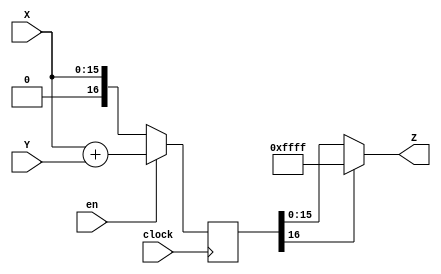
/****************************************
______________                ______________
______________ \  /\  /|\  /| ______________
______________  \/  \/ | \/ | ______________
--Module Name:  shift_add.v
--Project Name: cordic
--Data modified: 2015-09-21 14:35:34 +0800
--author:Young-
--E-mail: wmy367@Gmail.com
****************************************/
`timescale 1ns/1ps
module shift_add #(
	parameter	DSIZE	= 16,
	parameter	SNUM	= 0
)(
	input				clock	,
	input				en		,
	input [DSIZE-1:0]	X       ,
	input [DSIZE-1:0]	Y       ,
	output[DSIZE-1:0]	Z       
);

reg [DSIZE:0]		data;

always@(posedge clock)
	if(en)	data	<= X + (Y>>SNUM);
	else	data	<= X;

assign	Z = data[DSIZE]? {DSIZE{1'b1}} : data[DSIZE-1:0];

endmodule